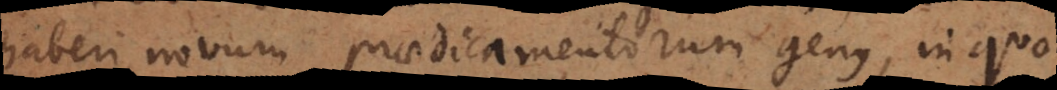
haberi novum praedicamentorum genus, in quo